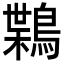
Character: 𪃸